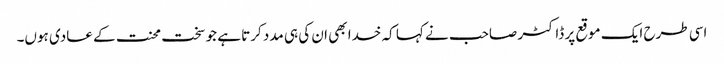
اسی طرح ایک موقع پر ڈاکٹر صاحب نے کہا کہ خدا بھی ان کی ہی مدد کرتا ہے جو سخت محنت کے عادی ہوں۔